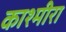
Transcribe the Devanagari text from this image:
काश्मीरा